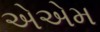
એએમ